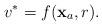
LaTeX: \begin{align*} v^* = f(\mathbf{x}_a,r). \end{align*}